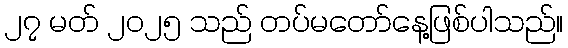
၂၇ မတ် ၂၀၂၅ သည် တပ်မတော်နေ့ဖြစ်ပါသည်။